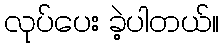
လုပ်ပေး ခဲ့ပါတယ်။